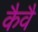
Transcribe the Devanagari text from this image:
कैवै